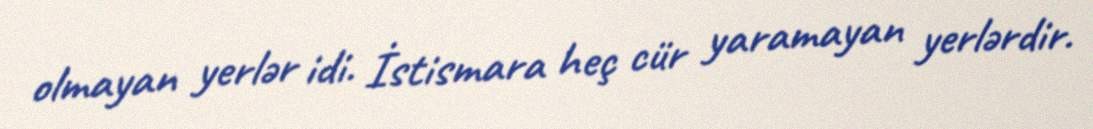
olmayan yerlər idi. İstismara heç cür yaramayan yerlərdir.